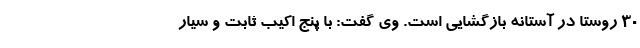
۳۰ روستا در آستانه بازگشایی است. وی گفت: با پنج اکیب ثابت و سیار